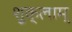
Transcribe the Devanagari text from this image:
शुक्लाम्